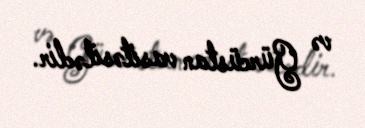
və Gürcüstan vasitəsilədir.